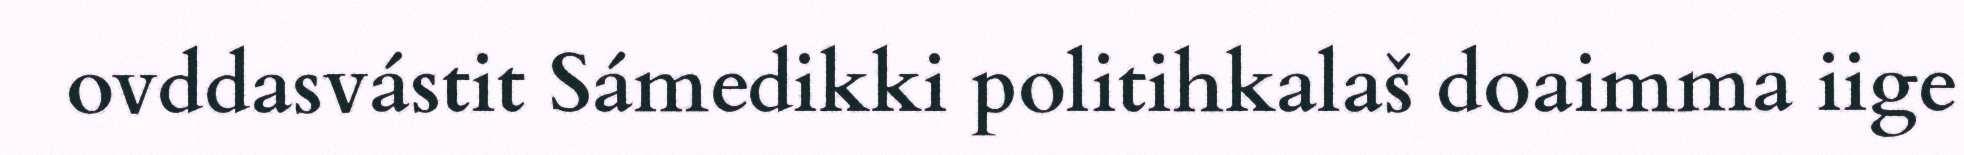
ovddasvástit Sámedikki politihkalaš doaimma iige